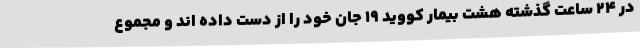
در 24 ساعت گذشته هشت بیمار کووید 19 جان خود را از دست داده اند و مجموع